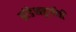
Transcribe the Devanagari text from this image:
ब्रांडेनबुर्गची